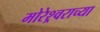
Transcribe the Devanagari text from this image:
मोरेश्र्वराच्या